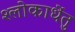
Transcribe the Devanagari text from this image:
श्लोकार्धेतु